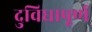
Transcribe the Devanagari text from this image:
दुविधापूर्ण